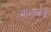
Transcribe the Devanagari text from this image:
माशाकडे